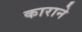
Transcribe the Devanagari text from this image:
काराने